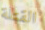
القتلة